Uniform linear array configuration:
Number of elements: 64
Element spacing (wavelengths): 0.25
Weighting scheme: blackman
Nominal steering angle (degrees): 45
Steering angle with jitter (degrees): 45.56
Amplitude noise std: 0.05
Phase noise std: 0.05

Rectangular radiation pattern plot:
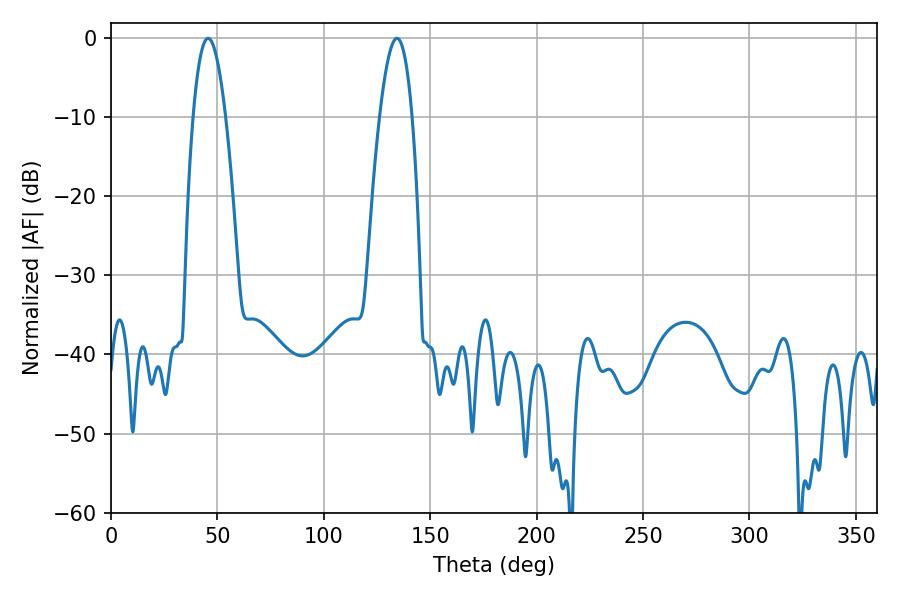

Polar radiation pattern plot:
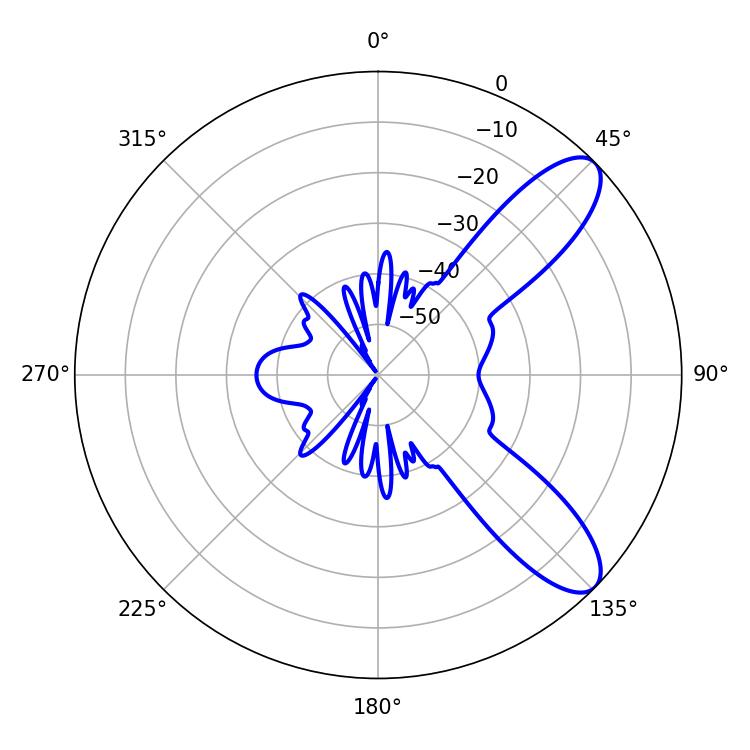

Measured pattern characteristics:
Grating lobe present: FALSE
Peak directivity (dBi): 9.458
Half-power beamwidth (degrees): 8.46
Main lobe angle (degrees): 45.54